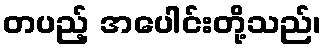
တပည့် အပေါင်းတို့သည်၊